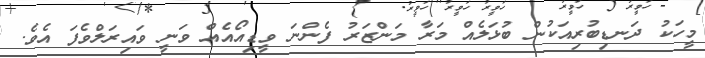
މީހަކު ދަނޑިބުރިއަކުން ބުޅަލެއް މަރާ މަންޒަރު ފެންނަ ވީޑިއޯއެއް ވަނީ ވައިރަލްވެފަ އެވެ.